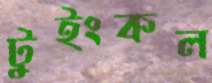
টুইংকল